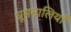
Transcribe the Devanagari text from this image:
धूमनालियाँ